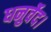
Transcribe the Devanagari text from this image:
धनुर्वेद।